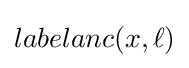
labelanc(x,\ell )